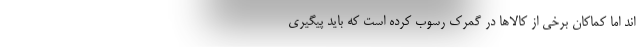
اند اما کماکان برخی از کالاها در گمرک رسوب کرده است که باید پیگیری